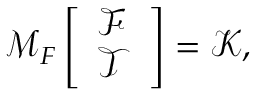
\boldsymbol { \mathcal { M } } _ { F } \left[ \begin{array} { l } { \boldsymbol { \mathcal { F } } } \\ { \boldsymbol { \mathcal { T } } } \end{array} \right] = \boldsymbol { \mathcal { K } } ,